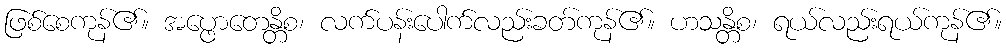
ဖြစ်စေကုန်၏။ အပ္ဖောတေန္တိစ၊ လက်ပန်းပေါက်လည်းခတ်ကုန်၏။ ဟသန္တိစ၊ ရယ်လည်းရယ်ကုန်၏။